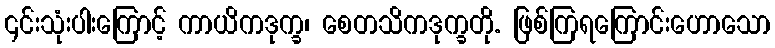
၎င်းသုံးပါးကြောင့် ကာယိကဒုက္ခ၊ စေတသိကဒုက္ခတို. ဖြစ်ကြရကြောင်းဟောသော